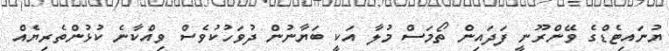
ޔުނައިޓެޑްގެ ވޭންރޫނީ ފަދައިން ތޯމަސް މުލާ އަކީ ބަޔާނުން ދުވަހުކުވެސް ވިއްކާނެ ކުޅުންތެރިޔެއް